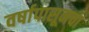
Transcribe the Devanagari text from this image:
वर्षापासूनचा